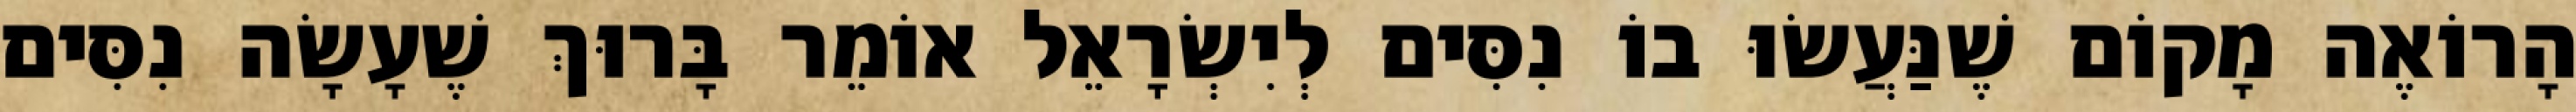
הָרוֹאֶה מָקוֹם שֶׁנַּעֲשׂוּ בוֹ נִסִּים לְיִשְׂרָאֵל אוֹמֵר בָּרוּךְ שֶׁעָשָׂה נִסִּים